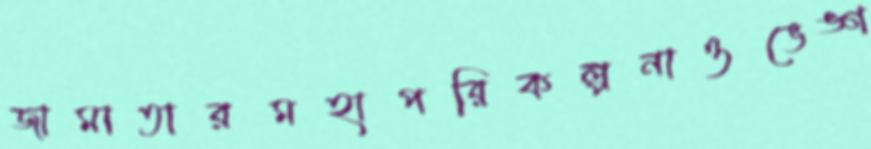
জামাতারমহাপরিকল্পনাওভেঙ্গ